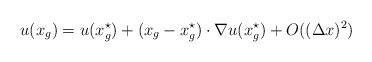
\begin{align*}u(x_g) = u(x_g^{\star}) + (x_g-x_g^{\star})\cdot \nabla u (x_g^{\star}) + O((\Delta x)^2)\end{align*}